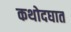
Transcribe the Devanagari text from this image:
कथोदघात